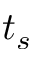
t _ { s }